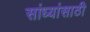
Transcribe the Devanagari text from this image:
सांध्यांसाठी